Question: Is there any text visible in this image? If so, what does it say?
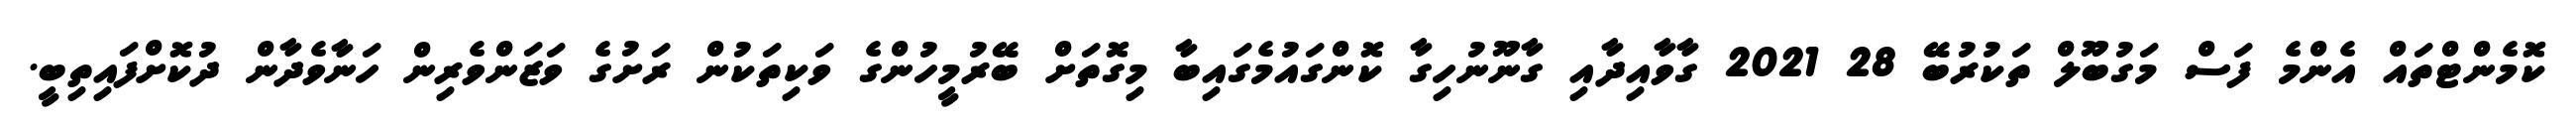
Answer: ކޮމެންޓްތައް އެންމެ ފަސް މަގުބޫލް ތަކުރުބޭ 28 2021 ގާވާއިދާއި ގާނޫނުހިގާ ކޮންގައުމެގައިބާ މިގޮތަށް ބޭރުމީހުންގެ ވަކިތަކުން ރަށުގެ ވަޒަންވެރިން ހަނާވެދާން ދުކޮށްފައިތިބީ.